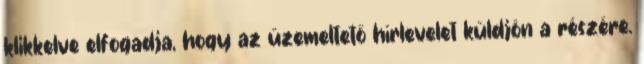
klikkelve elfogadja, hogy az üzemeltető hírlevelet küldjön a részére.